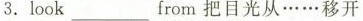
3.look ___ from把目光从……移开